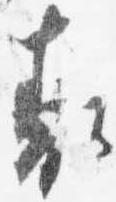
表